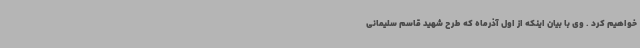
خواهیم کرد . وی با بیان اینکه از اول آذرماه که طرح شهید قاسم سلیمانی